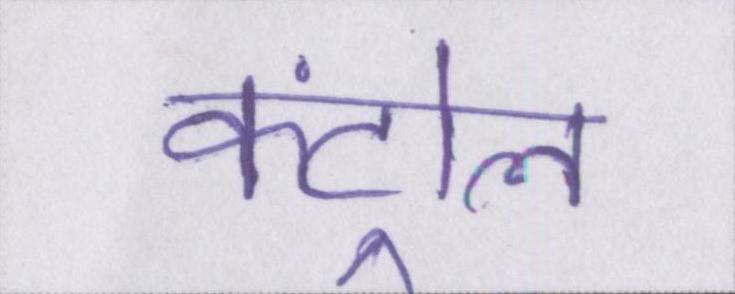
कंट्रोल